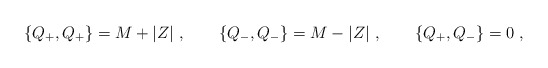
\begin{align*}\{Q_+,Q_+\}=M+|Z|\ ,\qquad \{Q_-,Q_-\}=M-|Z|\ ,\qquad\{Q_+,Q_-\}=0\ ,\end{align*}